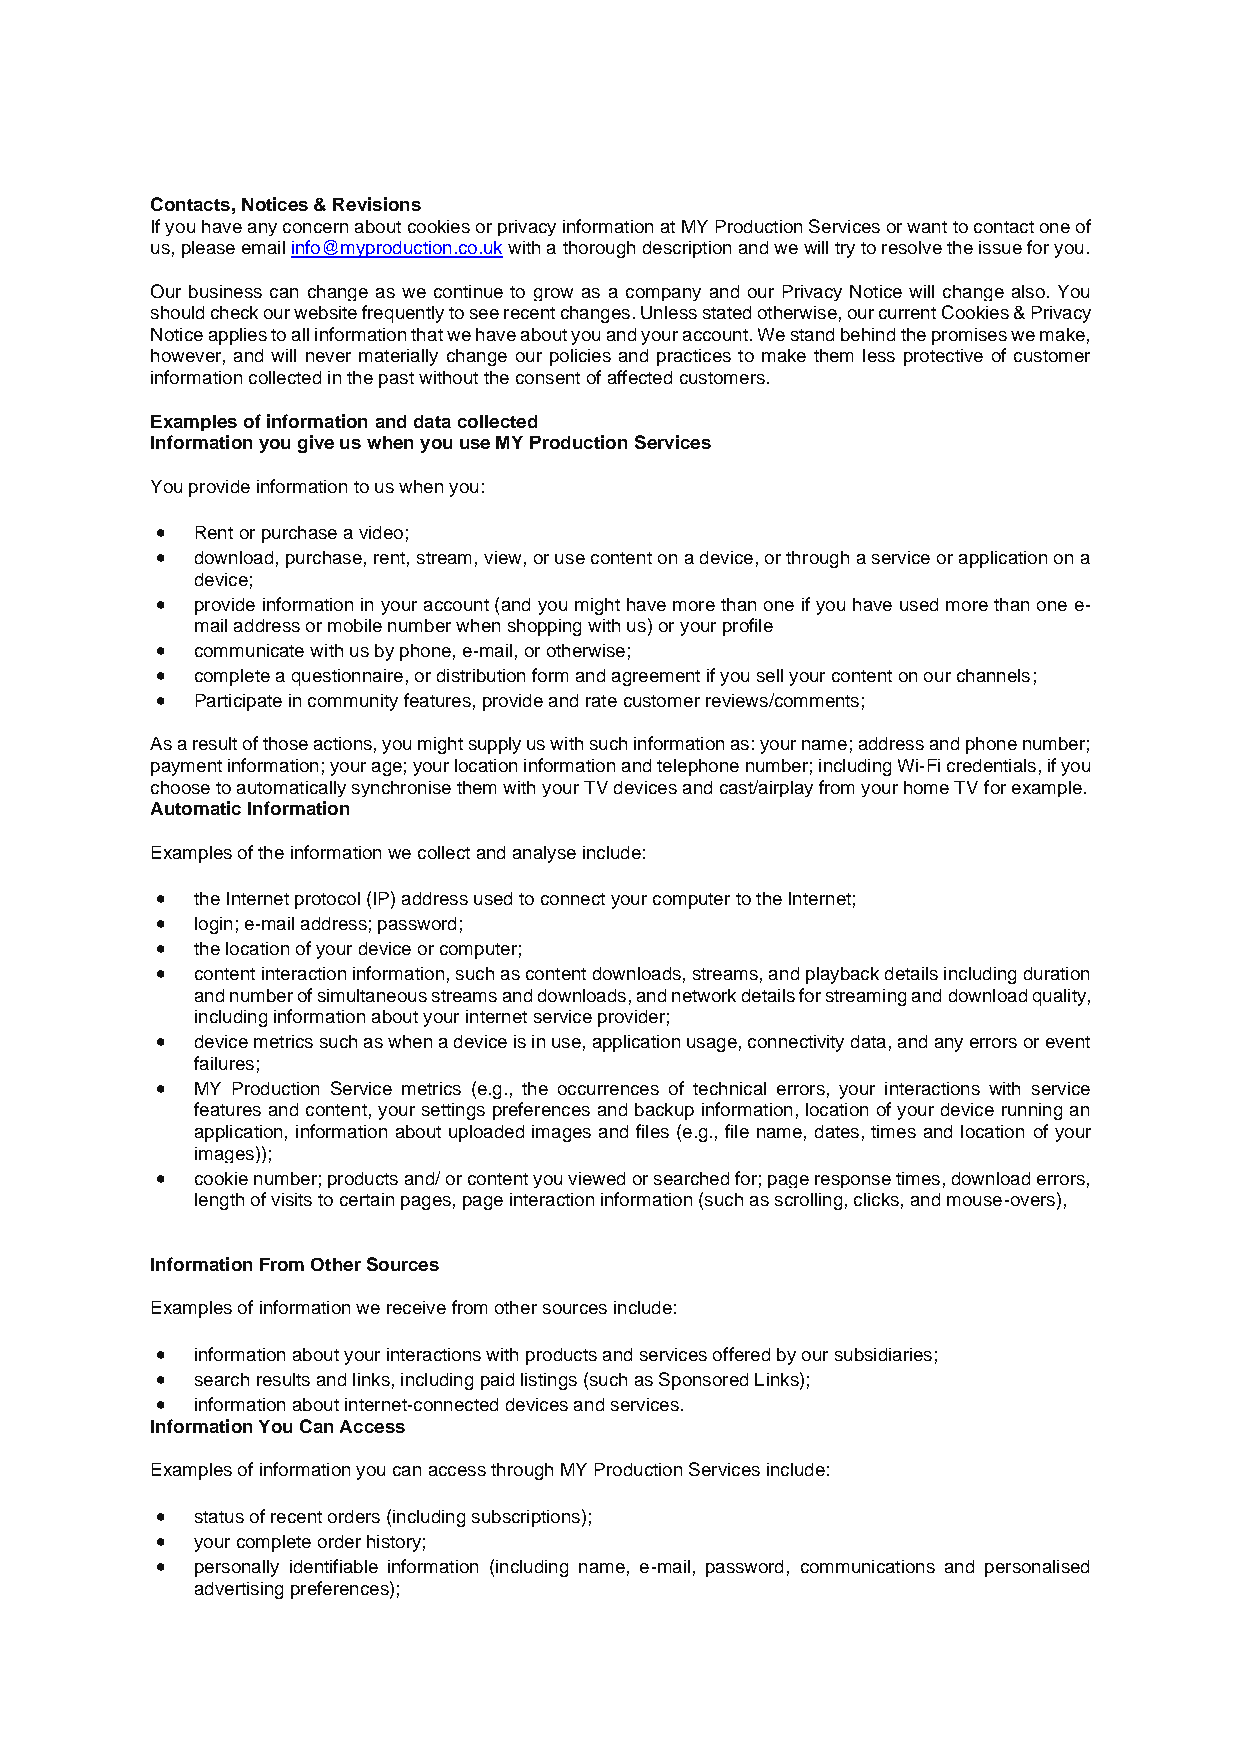
Contacts, Notices & Revisions
 If you have any concern about cookies or privacy information at MY Production Services or want to contact one of
 us, please email info@myproduction.co.uk with a thorough description and we will try to resolve the issue for you.
 Our business can change as we continue to grow as a company and our Privacy Notice will change also. You
 should check our website frequently to see recent changes. Unless stated otherwise, our current Cookies & Privacy
 Notice applies to all information that we have about you and your account. We stand behind the promises we make,
 however, and will never materially change our policies and practices to make them less protective of customer
 information collected in the past without the consent of affected customers.
 Examples of information and data collected
 Information you give us when you use MY Production Services
 You provide information to us when you:
 •  Rent or purchase a video;
 •  download, purchase, rent, stream, view, or use content on a device, or through a service or application on a
 device;
 •  provide information in your account (and you might have more than one if you have used more than one e-
 mail address or mobile number when shopping with us) or your profile
 •  communicate with us by phone, e-mail, or otherwise;
 •  complete a questionnaire, or distribution form and agreement if you sell your content on our channels;
 •  Participate in community features, provide and rate customer reviews/comments;
 As a result of those actions, you might supply us with such information as: your name; address and phone number;
 payment information; your age; your location information and telephone number; including Wi-Fi credentials, if you
 choose to automatically synchronise them with your TV devices and cast/airplay from your home TV for example.
 Automatic Information
 Examples of the information we collect and analyse include:
 •  the Internet protocol (IP) address used to connect your computer to the Internet;
 •  login; e-mail address; password;
 •  the location of your device or computer;
 •  content interaction information, such as content downloads, streams, and playback details including duration
 and number of simultaneous streams and downloads, and network details for streaming and download quality,
 including information about your internet service provider;
 •  device metrics such as when a device is in use, application usage, connectivity data, and any errors or event
 failures;
 •  MY Production Service metrics (e.g., the occurrences of technical errors, your interactions with service
 features and content, your settings preferences and backup information, location of your device running an
 application, information about uploaded images and files (e.g., file name, dates, times and location of your
 images));
 •  cookie number; products and/ or content you viewed or searched for; page response times, download errors,
 length of visits to certain pages, page interaction information (such as scrolling, clicks, and mouse-overs),
 Information From Other Sources
 Examples of information we receive from other sources include:
 •  information about your interactions with products and services offered by our subsidiaries;
 •  search results and links, including paid listings (such as Sponsored Links);
 •  information about internet-connected devices and services.
 Information You Can Access
 Examples of information you can access through MY Production Services include:
 •  status of recent orders (including subscriptions);
 •  your complete order history;
 •  personally identifiable information (including name, e-mail, password, communications and personalised
 advertising preferences);